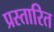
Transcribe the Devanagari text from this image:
प्रस्तारित